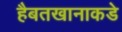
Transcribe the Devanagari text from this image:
हैबतखानाकडे